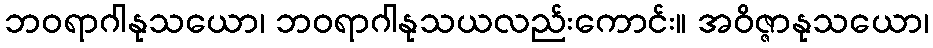
ဘဝရာဂါနုသယော၊ ဘဝရာဂါနုသယလည်းကောင်း။ အဝိဇ္ဇာနုသယော၊